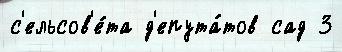
с'ельсов'е́та д'епута́тов сад 3